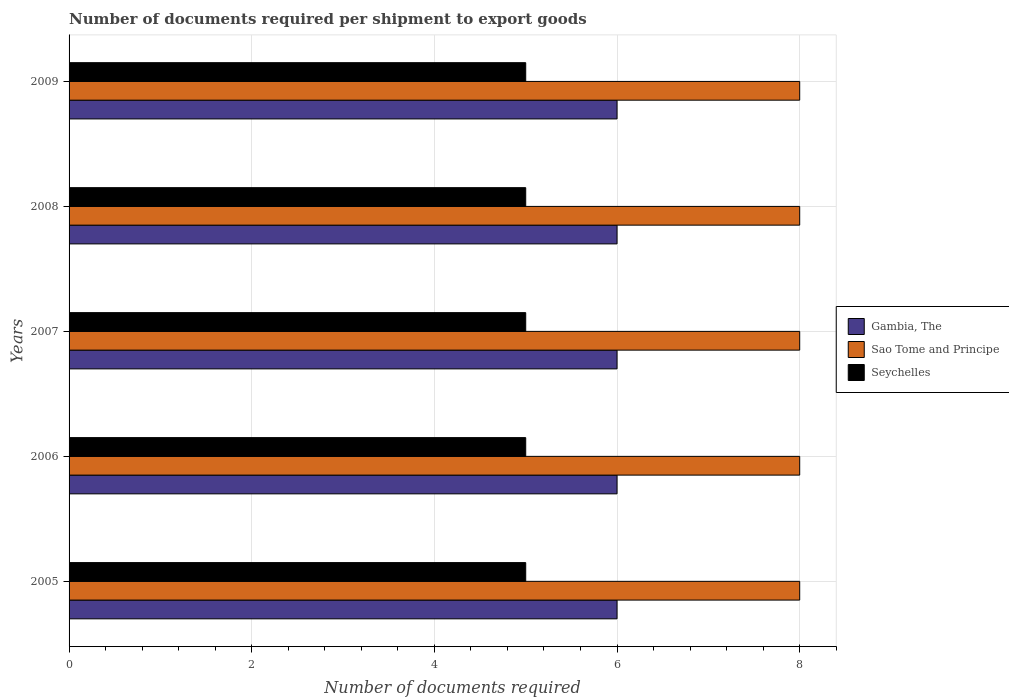
| Years | Gambia, The | Sao Tome and Principe | Seychelles |
 | --- | --- | --- | --- |
 | 2005 | 6 | 8 | 5 |
 | 2006 | 6 | 8 | 5 |
 | 2007 | 6 | 8 | 5 |
 | 2008 | 6 | 8 | 5 |
 | 2009 | 6 | 8 | 5 |